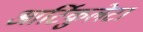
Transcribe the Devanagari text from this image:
आर्टिकुलेटा